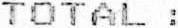
TOTAL :